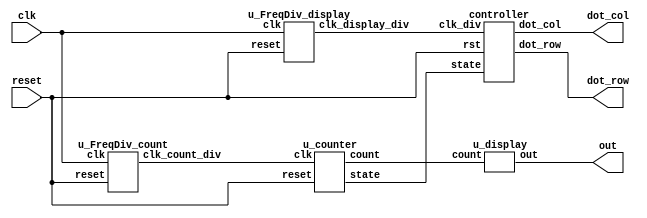
`define TimeExpire_count 32'd25000000
`define TimeExpire_display 32'd2500

module test(clk,reset,dot_row,dot_col,out);

input clk,reset;
output [7:0]dot_row;
output [7:0]dot_col;
output [6:0]out;

wire [1:0]state;//for change display
wire [3:0]counter;//for display and state set
wire clk_count_div,clk_display_div;//two freq div

u_FreqDiv_display a(.clk(clk), .reset(reset),.clk_display_div(clk_display_div));

u_FreqDiv_count b(.clk(clk), .reset(reset),.clk_count_div(clk_count_div));

u_counter d(.clk(clk_count_div), .reset(reset),.state(state), .count(counter)); 

u_display c(.count(counter), .out(out));

controller e( .clk_div(clk_display_div), .rst(reset), .state(state), .dot_row(dot_row), .dot_col(dot_col));


endmodule
/*---------------------------------------------------------------*/


module controller( clk_div,rst,state,dot_row,dot_col);

input clk_div,rst;
input [1:0]state;
output [7:0]dot_row;
output [7:0]dot_col;

reg [7:0]dot_row;
reg [7:0]dot_col;
reg [2:0]row_count;

always@(posedge clk_div or negedge rst )
begin

if(~rst)
	begin
	
	row_count<=0;
	dot_row<=8'd0;
	dot_col<=8'd0;
	end
else 
	begin
	
	
	
	if(state==2'b00)
	begin
	row_count<=row_count+1;
	case(row_count)
		3'd0: dot_row <= 8'b01111111;
		3'd1: dot_row <= 8'b10111111;
		3'd2: dot_row <= 8'b11011111;
		3'd3: dot_row <= 8'b11101111;
		3'd4: dot_row <= 8'b11110111;
		3'd5: dot_row <= 8'b11111011;
		3'd6: dot_row <= 8'b11111101;
		3'd7: dot_row <= 8'b11111110;
		endcase
		case(row_count)
		3'd0: dot_col <= 8'b00001100;
		3'd1: dot_col <= 8'b00001100;
		3'd2: dot_col <= 8'b00011001;
		3'd3: dot_col <= 8'b01111110;
		3'd4: dot_col <= 8'b10011000;
		3'd5: dot_col <= 8'b00011000;
		3'd6: dot_col <= 8'b00101000;
		3'd7: dot_col <= 8'b01001000;
		endcase
		end
		
	else if(state==2'b01)
		begin
		row_count<=row_count+1;
		case(row_count)
		3'd0: dot_row <= 8'b01111111;
		3'd1: dot_row <= 8'b10111111;
		3'd2: dot_row <= 8'b11011111;
		3'd3: dot_row <= 8'b11101111;
		3'd4: dot_row <= 8'b11110111;
		3'd5: dot_row <= 8'b11111011;
		3'd6: dot_row <= 8'b11111101;
		3'd7: dot_row <= 8'b11111110;
		endcase
		case(row_count)
		3'd0: dot_col <= 8'b00000000;
		3'd1: dot_col <= 8'b00100100;
		3'd2: dot_col <= 8'b00111100;
		3'd3: dot_col <= 8'b10111101;
		3'd4: dot_col <= 8'b11111111;
		3'd5: dot_col <= 8'b00111100;
		3'd6: dot_col <= 8'b00111100;
		3'd7: dot_col <= 8'b00000000;
		endcase
		end
	else if(state==2'b10)
		begin
		row_count<=row_count+1;
		case(row_count)
		3'd0: dot_row <= 8'b01111111;
		3'd1: dot_row <= 8'b10111111;
		3'd2: dot_row <= 8'b11011111;
		3'd3: dot_row <= 8'b11101111;
		3'd4: dot_row <= 8'b11110111;
		3'd5: dot_row <= 8'b11111011;
		3'd6: dot_row <= 8'b11111101;
		3'd7: dot_row <= 8'b11111110;
		endcase
		case(row_count)
		3'd0: dot_col <= 8'b00011000;
		3'd1: dot_col <= 8'b00011000;
		3'd2: dot_col <= 8'b00111100;
		3'd3: dot_col <= 8'b00111100;
		3'd4: dot_col <= 8'b01011010;
		3'd5: dot_col <= 8'b00011000;
		3'd6: dot_col <= 8'b00011000;
		3'd7: dot_col <= 8'b00100100;
		endcase

	end
end

end


endmodule
/*---------------------------------------------------------------*/

module u_FreqDiv_display (clk, reset,clk_display_div);

input clk, reset;
output clk_display_div;

reg clk_display_div;
reg [31:0]count;

always@(posedge clk)
begin
	if(!reset)
	begin
		count<=32'd0;
		clk_display_div<=1'b0;
	end
	else
	begin
		if(count==`TimeExpire_display)
	begin
		count<=32'd0;
		clk_display_div<= ~clk_display_div;
	end
	else
	begin
		count<= count+32'd1;
	end
	end
end
endmodule

/*---------------------------------------------------------------*/
module u_FreqDiv_count (clk, reset,clk_count_div);

input clk, reset;
output clk_count_div;

reg clk_count_div;
reg [31:0]count;

always@(posedge clk)
begin
	if(!reset)
	begin
		count<=32'd0;
		clk_count_div<=1'b0;
	end
	else
	begin
		if(count==`TimeExpire_count)
	begin
		count<=32'd0;
		clk_count_div<= ~clk_count_div;
	end
	else
	begin
		count<= count+32'd1;
	end
	end
end
endmodule

/*---------------------------------------------------------------*/
module u_counter(clk, reset,state, count);

input clk,reset;
output  [1:0] state;
output [3:0] count;

reg [3:0] count;
reg [1:0] next;
reg [1:0] state;


always@(posedge clk or negedge reset)
begin
//0:green 1.yellow 2.red

	
	if(!reset)
	begin
		count<= 4'b1111;//15sec
		state<=2'b00;//gree
		next <=2'b01;//yellow
	end
	else
	begin
		
		
		
		if(count==0)//reset the counter depend on the state
			begin
			
			state=next;
			case(state)			
			2'b00: count<=4'b1111;
			2'b01: count<=4'b0101;
			2'b10: count<=4'b1010;				
			endcase
			
		end
		else
		begin
			count<= count-1;
		end
		
		case(state)//set next state
			2'b00: next=2'b01;
			2'b01: next=2'b10;
			2'b10: next=2'b00;
		
		endcase
		
		end
	
end
endmodule
/*---------------------------------------------------------------*/

module u_display(count, out);

input [3:0]count;
output [6:0] out;

reg [6:0] out;

always@(count)
begin
	
	case(count)
		4'b0000: begin
		out=7'b1000000;
		end
		
		4'b0001: begin
		out=7'b1111001;
		end
		
		4'b0010: begin
		out=7'b0100100;
		end
		4'b0011: begin
		out=7'b0110000;
		end
		4'b0100: begin
		out=7'b0011001;
		end
		
		4'b0101: begin
		out=7'b0010010;
		end
		
		4'b0110: begin
		out=7'b0000010;
		end
		
		4'b0111: begin
		out=7'b1111000;
		end
		
		4'b1000: begin
		out=7'b0000000;
		end
		
		4'b1001: begin
		out=7'b0010000;
		end
		
		4'b1010: begin
		out=7'b0001000;
		end
		
		4'b1011: begin
		out=7'b0000011;
		end
		
		4'b1100: begin
		out=7'b1000110;
		end
		
		4'b1101: begin
		out=7'b0100001;
		end
		
		4'b1110: begin
		out=7'b0000110;
		end
		
		4'b1111: begin
		out=7'b0001110;
	end
	
	endcase
end
endmodule